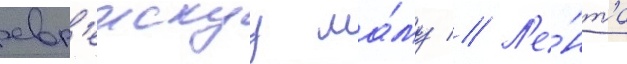
евр'еискуу ма́му // Л'е́нта